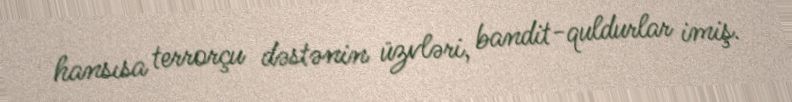
hansısa terrorçu dəstənin üzvləri, bandit-quldurlar imiş.